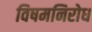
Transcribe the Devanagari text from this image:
विषमनिरोध